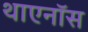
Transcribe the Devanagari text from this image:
थाएनॉस